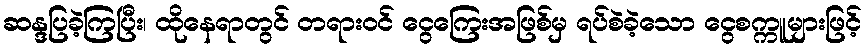
ဆန္ဒပြခဲ့ကြပြီး၊ ထိုနေရာတွင် တရားဝင် ငွေကြေးအဖြစ်မှ ရပ်စဲခဲ့သော ငွေစက္ကူများဖြင့်